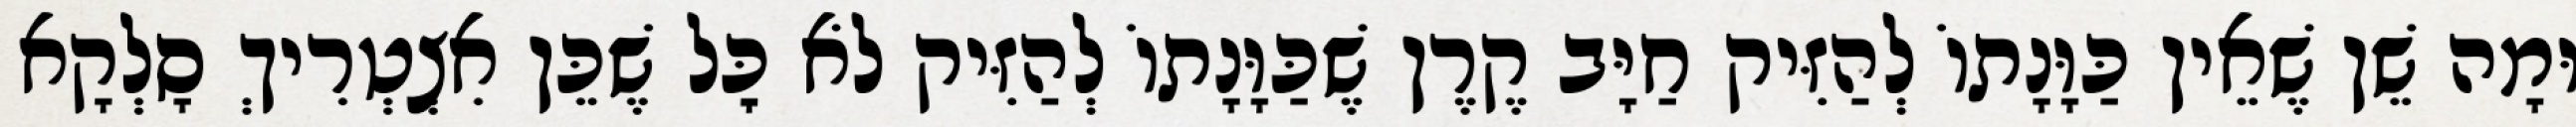
וּמָה שֵׁן שֶׁאֵין כַּוָּנָתוֹ לְהַזִּיק חַיָּב קֶרֶן שֶׁכַּוָּנָתוֹ לְהַזִּיק לֹא כׇּל שֶׁכֵּן אִצְטְרִיךְ סָלְקָא